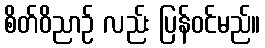
စိတ်ဝိညာဉ် လည်း ပြန်ဝင်မည်။